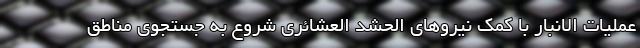
عملیات الانبار با کمک نیروهای الحشد العشائری شروع به جستجوی مناطق